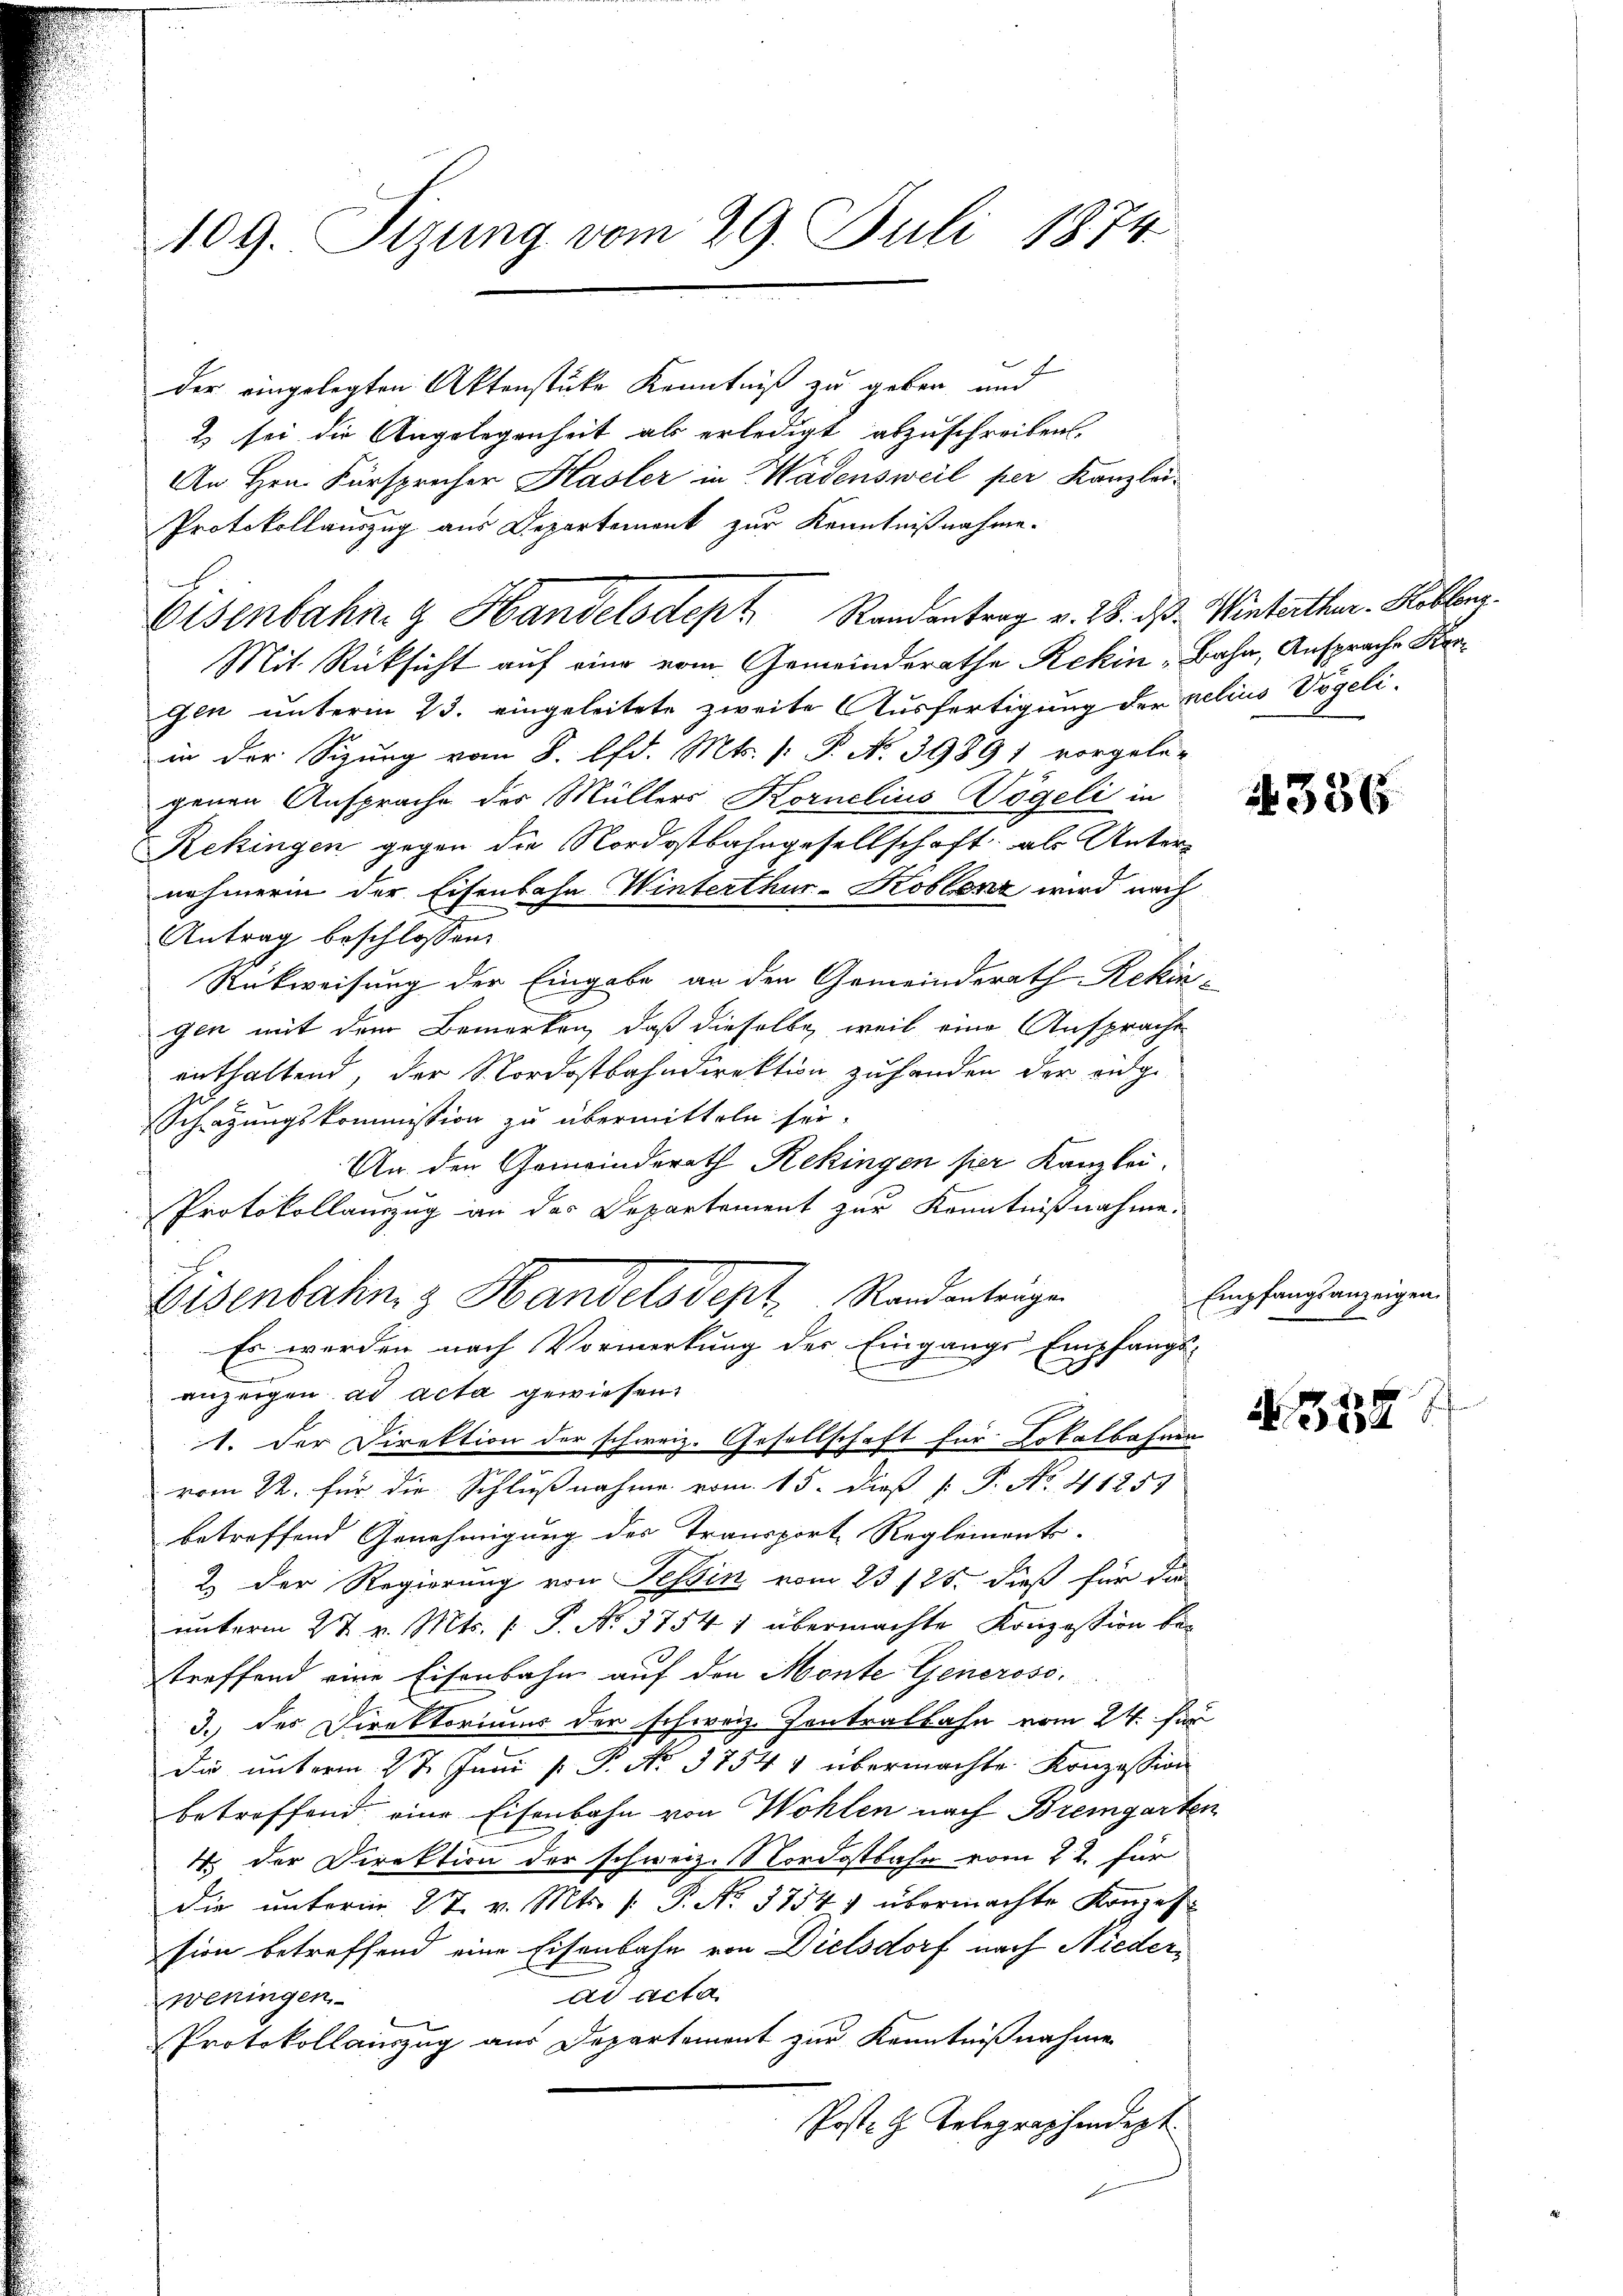
109. Sizung vom 29. Juli 1874.

der eingelegten Aktenstücke Kenntniß zu geben, und
2) sei die Angelegenheit als erledigt abzuschreiben.
An Hrn. Fürsprecher Hasler in Wadensweil per Kanzlei-
Protokollauszug aus Departement zur Kenntnißnahme.
Mit Rücksicht auf eine vom Gemeinderathe Rekin "Bahn, Ansprache Kangen unterm 23. eingeleitete zweite Ausfertigung der gelius Vögeliin der Sizung vom 8. lfd. Mts. [: P. N. 39891 vorgele-
genen Ansprache des Müllers Kornelius Vögeli in
Rekingen gegen die Nordostbahngesellschaft als Unternehmerin der Eisenbahn Winterthur-Koblenz wird nach
Antrag beschlossen:
Rückweisung der Eingabe an den Gemeinderath Rekon-
gen mit dem Bemerken, daß dieselbe weil eine Ansprache
enthaltend, der Nordostbahndirektion zuhanden der eidge
Schatzungskommission zu übermitteln sei.
An den Gemeinderath Rekingen hier Kanzlei.
Protokollauszug an das Departement zur Kenntnißnahme.
Eisenbahn z Handelsdept. Randentrugen
Es werden nach Vormerkung der Eingangs Empfangs-
anzeigen ad acta gewiesen.
1. Der Direktion der schweiz. Gesellschaft für Lokalbahnen
vom 22. für die Schlußnahme vom 15. dieß P. P. No. 41251
betreffend Genehmigung des Transport Reglements-
2. Der Regierung von Tessin vom 23/25. dieß für da
unterm 27. v. Mts. [ P. No. 3754 1 übermachte Konzession bei
treffend eine Eisenbahn auf den Monte Generoso¬
3.) des Direktoriums der schweiz. Contralbahn vom 24. Jun
Die unterm 27. Juni [ P. No. 3754 4 übermachte Konzession
betroffend eine Eisenbahn von Wohlen nach Bremgarten
4. der Direktion der schweiz. Nordostbahn vom 22. für
die unterm 27. v. Mts. 1. P. No. 3754 1 übermachte Konzession betreffend eine Eisenbahn von Dielsdorf nach Niederad Acta
weningen
Protokollauszug aus Departement zur Kenntnißnahme
Poste G. Telegraphendept

Eisenbahn & Handelsdept Randantrag v. 28. ds. Winterthen. Kollene

336

Empfangsanzeigen
.

N 318